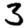
Digit: 3